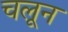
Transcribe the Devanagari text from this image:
चलून